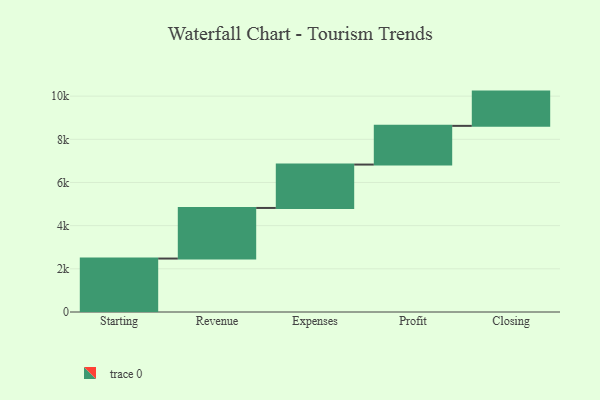
{"axis": {"x": "Step", "y": "Value"}, "legend": [""], "data": [{"x": "Starting", "y": 2476.0, "type": ""}, {"x": "Revenue", "y": 2344.0, "type": ""}, {"x": "Expenses", "y": 2010.0, "type": ""}, {"x": "Profit", "y": 1793.0, "type": ""}, {"x": "Closing", "y": 1587.0, "type": ""}]}